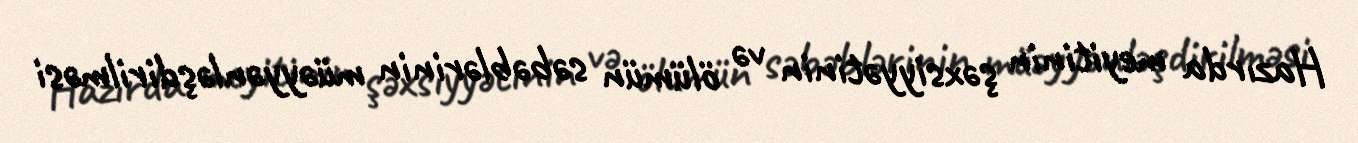
Hazırda meyitinin şəxsiyyətinin və ölümün səbəblərinin müəyyənləşdirilməsi